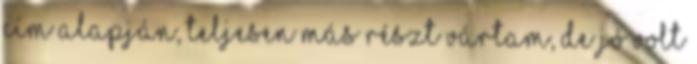
cím alapján, teljesen más részt vártam, de jó volt